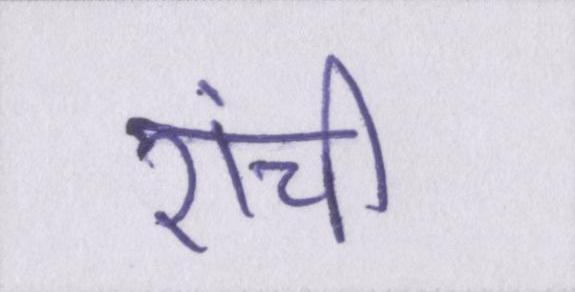
रांची